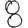
Digit: 8